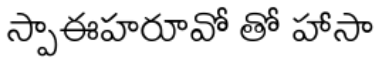
స్పాఈహరూవో తో హాసా